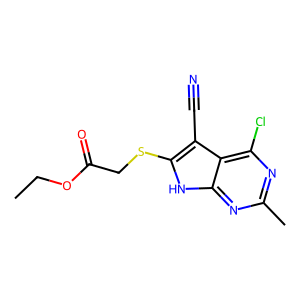
SMILES: CCOC(=O)CSc1[nH]c2nc(C)nc(Cl)c2c1C#N
Inhibits HIV replication: No